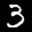
Label: 3